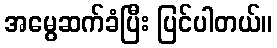
အမွေဆက်ခံပြီး ပြင်ပါတယ်။